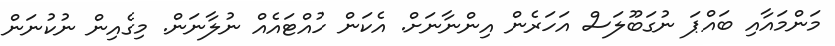
މަންމައާއި ބައްޕަ ނުގަބޫލަސް އަހަރެން އިންނާނަށް. އެކަން ހުއްޓައެއް ނުލާނަން. މިގެއިން ނުކުނަން